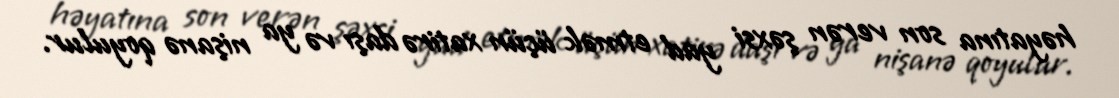
həyatına son verən şəxsi yad etmək üçün xatirə daşı və ya nişanə qoyulur.